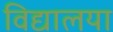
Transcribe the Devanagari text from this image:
विद्यालया